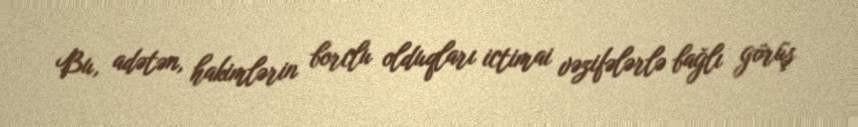
Bu, adətən, hakimlərin borclu olduqları ictimai vəzifələrlə bağlı görüş